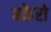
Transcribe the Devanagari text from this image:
बकेरो